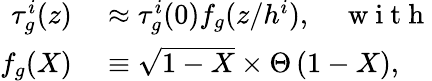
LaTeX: \begin{array}{rl}{\tau_{g}^{i}(z)}&{{}\approx\tau_{g}^{i}(0)f_{g}(z/h^{i}),\quad\mathrm{~w~i~t~h~}}\\ {f_{g}(X)}&{{}\equiv\sqrt{1-X}\times\Theta\left(1-X\right),}\end{array}